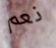
نعم